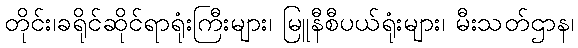
တိုင်း၊ခရိုင်ဆိုင်ရာရုံးကြီးများ၊ မြူနီစီပယ်ရုံးများ၊ မီးသတ်ဌာန၊